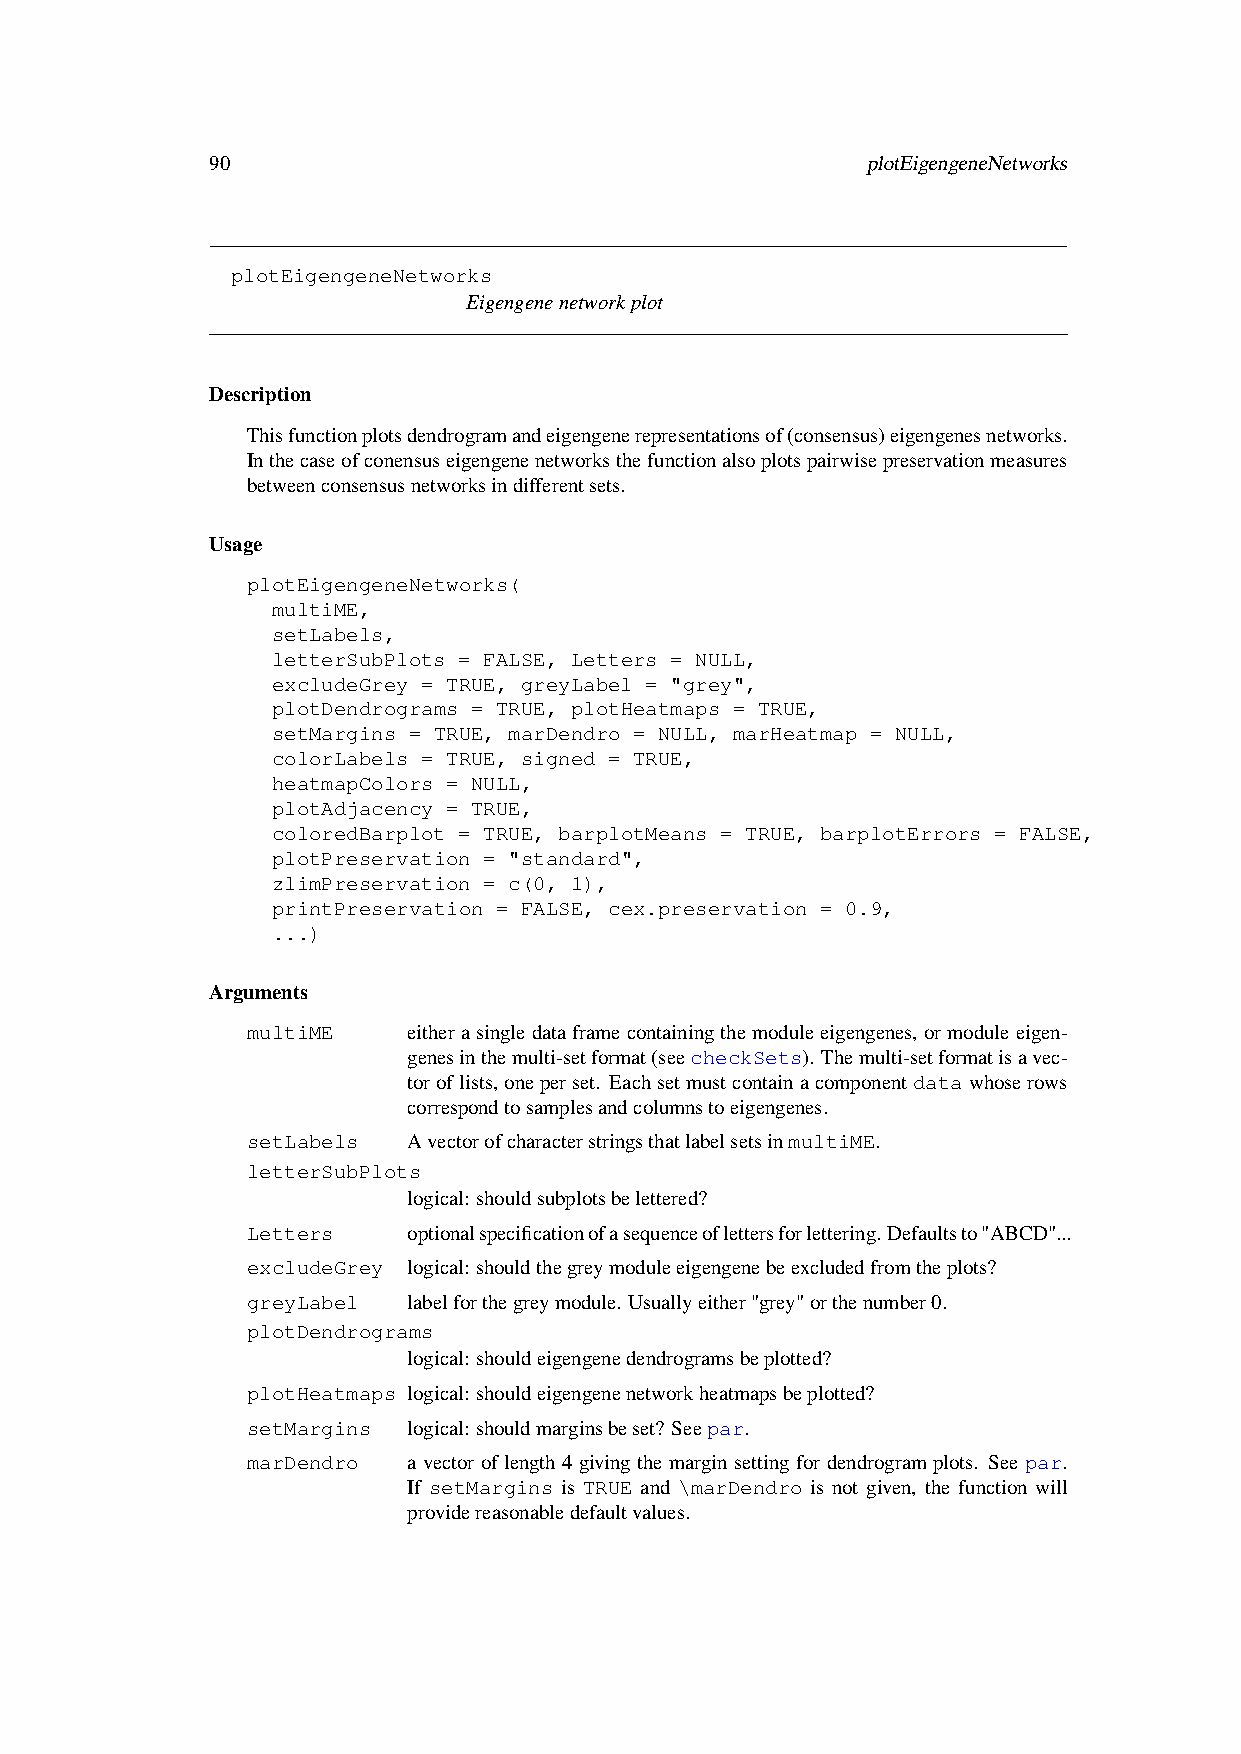
90                                         plotEigengeneNetworks
 plotEigengeneNetworks
 Eigengenenetworkplot
 Description
 Thisfunctionplotsdendrogramandeigengenerepresentationsof(consensus)eigengenesnetworks.
 Inthecaseofconensuseigengenenetworksthefunctionalsoplotspairwisepreservationmeasures
 betweenconsensusnetworksindifferentsets.
 Usage
 plotEigengeneNetworks(
 multiME,
 setLabels,
 letterSubPlots = FALSE, Letters = NULL,
 excludeGrey = TRUE, greyLabel = "grey",
 plotDendrograms = TRUE, plotHeatmaps = TRUE,
 setMargins = TRUE, marDendro = NULL, marHeatmap = NULL,
 colorLabels = TRUE, signed = TRUE,
 heatmapColors = NULL,
 plotAdjacency = TRUE,
 coloredBarplot = TRUE, barplotMeans = TRUE, barplotErrors = FALSE,
 plotPreservation = "standard",
 zlimPreservation = c(0, 1),
 printPreservation = FALSE, cex.preservation = 0.9,
 ...)
 Arguments
 multiME    eitherasingledataframecontainingthemoduleeigengenes, ormoduleeigen-
 genesinthemulti-setformat(seecheckSets). Themulti-setformatisavec-
 toroflists,oneperset. Eachsetmustcontainacomponentdatawhoserows
 correspondtosamplesandcolumnstoeigengenes.
 setLabels  AvectorofcharacterstringsthatlabelsetsinmultiME.
 letterSubPlots
 logical: shouldsubplotsbelettered?
 Letters    optionalspecificationofasequenceoflettersforlettering.Defaultsto"ABCD"...
 excludeGrey logical: shouldthegreymoduleeigengenebeexcludedfromtheplots?
 greyLabel  labelforthegreymodule. Usuallyeither"grey"orthenumber0.
 plotDendrograms
 logical: shouldeigengenedendrogramsbeplotted?
 plotHeatmaps logical: shouldeigengenenetworkheatmapsbeplotted?
 setMargins logical: shouldmarginsbeset? Seepar.
 marDendro  a vector of length 4 giving the margin setting for dendrogram plots. See par.
 If setMargins is TRUE and \marDendro is not given, the function will
 providereasonabledefaultvalues.